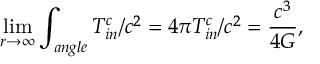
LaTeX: \operatorname * { l i m } _ { r \rightarrow \infty } \int _ { a n g l e } T _ { i n } ^ { c } / c ^ { 2 } = 4 \pi T _ { i n } ^ { c } / c ^ { 2 } = \frac { c ^ { 3 } } { 4 G } ,